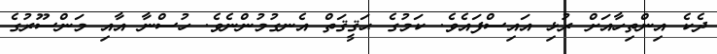
ދެކެ އިންތިހާއަށް ރުޅި އަައިސްފައެވެ. ކަމުގެ ޙަޤީޤަތް އެނގުމުންނެވެ. ހުސްނާ އާއި މަންސޫރުގެ